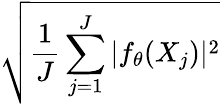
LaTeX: \sqrt{\frac{1}{J}\sum_{j=1}^{J}|f_{\theta}(X_{j})|^{2}}